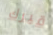
قبرك